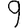
Digit: 9